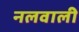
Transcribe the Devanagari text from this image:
नलवाली